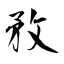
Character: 敄